画像に写った文字を読んでください
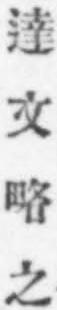
「達文略之」と書いてあります